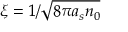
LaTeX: \xi = 1 / { \sqrt { 8 \pi a _ { s } n _ { 0 } } }